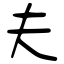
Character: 夫